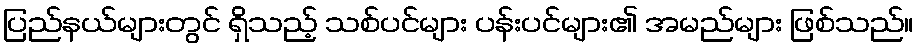
ပြည်နယ်များတွင် ရှိသည့် သစ်ပင်များ ပန်းပင်များ၏ အမည်များ ဖြစ်သည်။